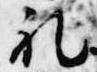
礼